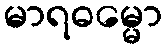
မာရဓမ္မော